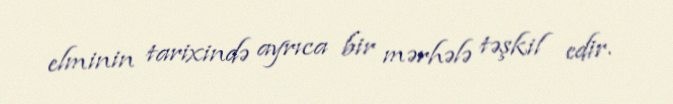
elminin tarixində ayrıca bir mərhələ təşkil edir.